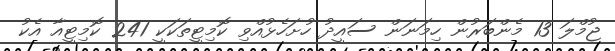
ޖުމްލަ 13 މެންބަރުން ހިމަނަން ސައީދު ހުށަހެޅުއްވި ކޮމިޓީތަކަކީ 241 ކޮމިޓީއާ އެކު